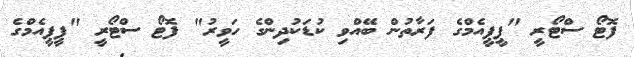
ފޮޓޯ ސްޓޯރީ "ޕީޕީއެމްގެ ފަރާތުން ބޭއްވި ކުޑަކުދިންގެ ހަވީރު" ފޮޓޯ ސްޓޯރީ "ޕީޕީއެމްގެ